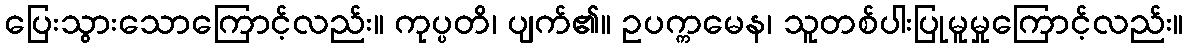
ပြေးသွားသောကြောင့်လည်း။ ကုပ္ပတိ၊ ပျက်၏။ ဥပက္ကမေန၊ သူတစ်ပါးပြုမူမှုကြောင့်လည်း။